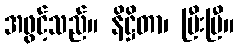
အဖွင့်သည်။ နိဋ္ဌိတာ၊ ပြီးပြီ။